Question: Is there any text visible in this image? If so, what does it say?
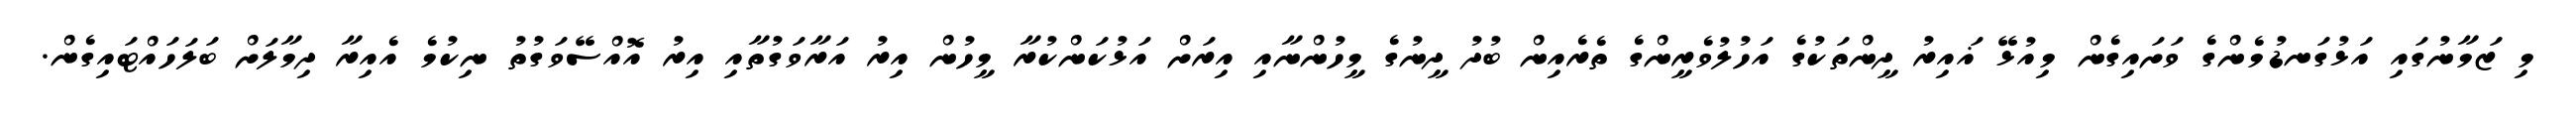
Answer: މި ޒަމާނުގައި އަޅުގަނޑުމެންގެ ވަށައިގެން މިއުޅޭ ޣައިރު ދީންތަކުގެ އަހުލުވެރީންގެ ތެރެއިން ބުދު ދީނުގެ މީހުންނާއި އިރަށް އަޅުކަންކުރާ މީހުން އިރު އަރާވަގުތާއި އިރު އޮއްސޭވަގުތު ނިކުމެ އެއިރާ ދިމާލަށް ބަލަހައްޓައިގެން.